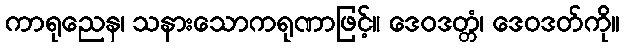
ကာရုညေန၊ သနားသောကရုဏာဖြင့်။ ဒေဝဒတ္တံ၊ ဒေဝဒတ်ကို။